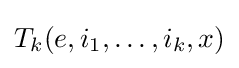
T_{k}(e,i_{1},\ldots ,i_{k},x)